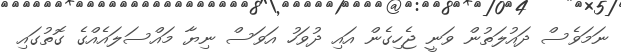
ނަމަވެސް ދައުލަތުން ވަނީ ޖެހިގެން އައި ދުވަހު އަވަސް ނިޔާ މައްސަލައެއްގެ ގޮތުގައި